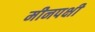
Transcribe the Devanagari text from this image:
मीनपक्षी